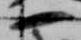
一